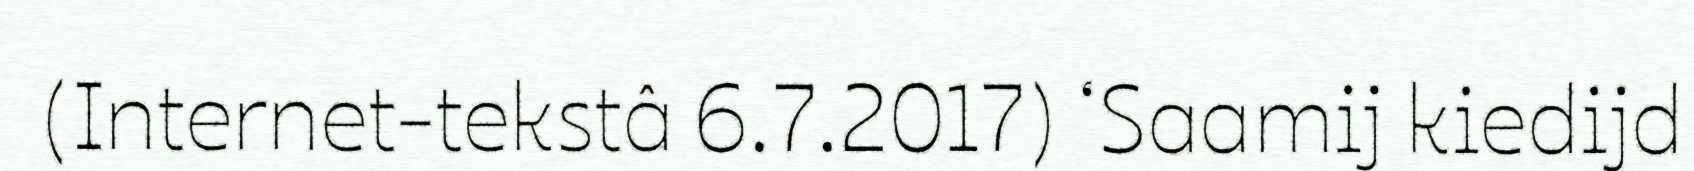
(Internet-tekstâ 6.7.2017) ‘Saamij kiedijd